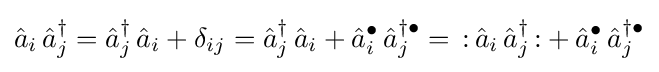
{\hat {a}}_{i}\,{\hat {a}}_{j}^{\dagger }={\hat {a}}_{j}^{\dagger }\,{\hat {a}}_{i}+\delta _{ij}={\hat {a}}_{j}^{\dagger }\,{\hat {a}}_{i}+{\hat {a}}_{i}^{\bullet }\,{\hat {a}}_{j}^{\dagger \bullet }=\,{\mathopen {:}}\,{\hat {a}}_{i}\,{\hat {a}}_{j}^{\dagger }\,{\mathclose {:}}+{\hat {a}}_{i}^{\bullet }\,{\hat {a}}_{j}^{\dagger \bullet }